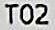
T02